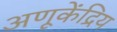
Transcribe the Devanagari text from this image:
अणूकेंद्रिय